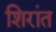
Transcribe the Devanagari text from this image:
शिरांत